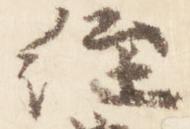
経